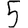
Digit: 5